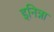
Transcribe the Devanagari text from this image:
इनिन्ना